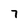
Character: 7